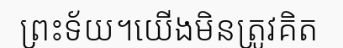
ព្រះទ័យ។យើងមិនត្រូវគិត